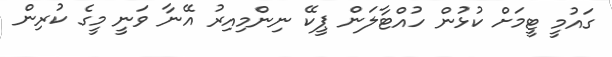
ގައުމީ ޓީމަށް ކުޅުން ހުއްޓާލަން ޕީކޭ ނިންމިއިރު އޭނާ ވަނީ މީގެ ކުރިން